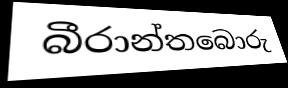
බීරාන්තබොරු